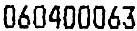
060400063